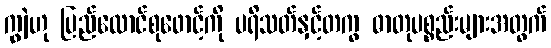
ကျွဲဟု ပြည်ထောင်စုဖောင့်ကို ပရိသတ်နှင့်တကွ ဓာတုပစ္စည်းများအတွက်